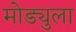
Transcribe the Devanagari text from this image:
मोड्युला